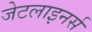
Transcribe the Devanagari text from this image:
जेटलाइनर्स